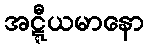
အဋ္ဋီယမာနော